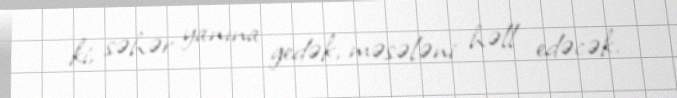
ki, səhər yanına gedək, məsələni həll edəcək.